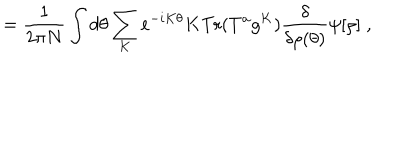
= \frac { 1 } { 2 \pi N } \int d \theta \sum _ { K } e ^ { - i K \theta } K \mathrm { T r } ( T ^ { a } g ^ { K } ) \frac { \delta } { \delta \rho ( \theta ) } \psi [ \rho ] \; ,